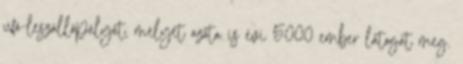
ufó-leszállópályát, melyet azóta is évi 5000 ember látogat meg.